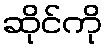
ဆိုင်ကို